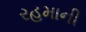
રહમાની